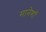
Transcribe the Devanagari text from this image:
मानेशॉ